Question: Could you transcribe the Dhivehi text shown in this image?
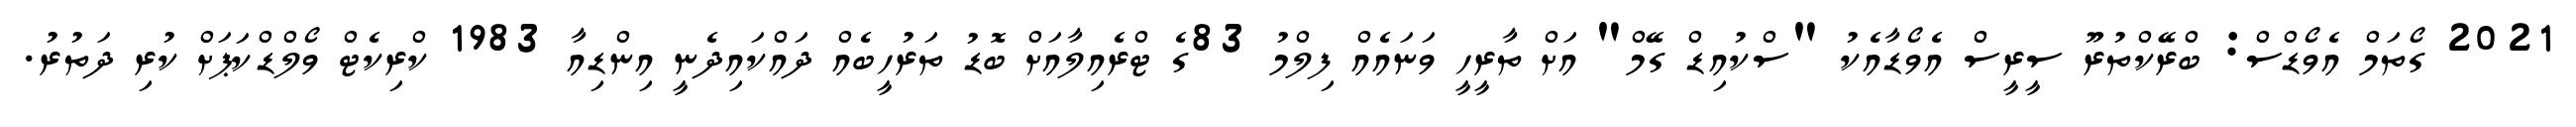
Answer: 2021 ގޯތަމް އެވޯޑްސް: ބްރޭކްތުރޫ ސީރީސް އެވޯޑާއެކު "ސްކުއިޑް ގޭމް" އަށް ތާރީހީ ވަނައެއް ފިލްމު 83ގެ ޓްރެއިލާއަށް ބޮޑު ތަރުހީބެއް ދައްކައިދެނީ އިންޑިއާ 1983 ކްރިކެޓް ވޯލްޑްކަޕަށް ކުރި ދަތުރު.